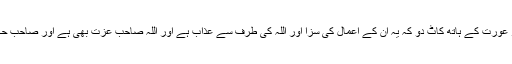
”چور مرد اور عورت کے ہاتھ کاٹ دو کہ يہ ان کے اعمال کى سزا اور اللہ کى طرف سے عذاب ہے اور اللہ صاحب عزت بھى ہے اور صاحب حکمت بھى ہے۔